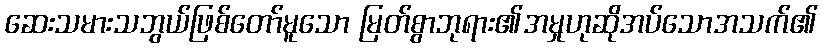
ဆေးသမားသဘွယ်ဖြစ်တော်မူသော မြတ်စွာဘုရား၏အမှုဟုဆိုအပ်သောအသက်၏